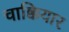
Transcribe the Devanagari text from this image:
चाक्कियार